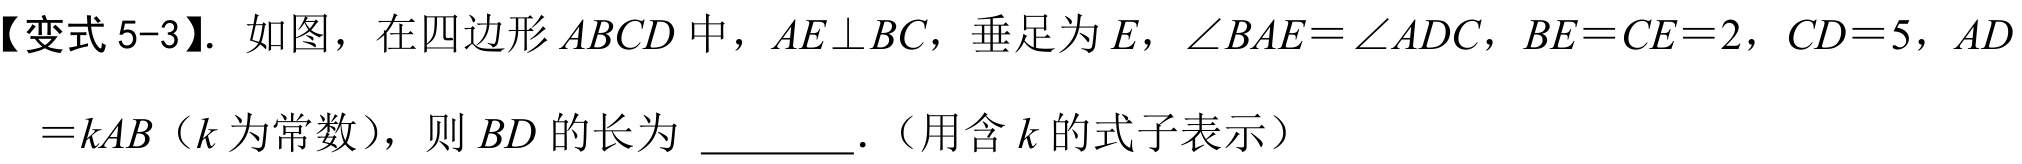
【变式5-3】. 如图，在四边形\(ABCD\)中，\(AE\perp BC\)，垂足为\(E\)，\(\angle BAE = \angle ADC\)，\(BE = CE = 2\)，\(CD = 5\)，\(AD\)
\(= kAB\)（\(k\)为常数），则\(BD\)的长为 \_\_\_\_ .（用含\(k\)的式子表示）